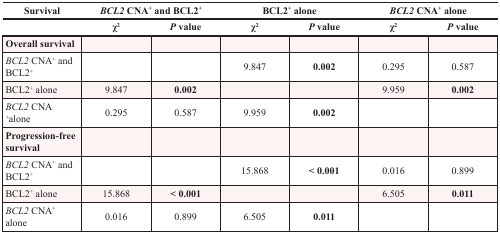
<table><thead><tr><td><b>Survival</b></td><td colspan="2"><b><i>BCL2</i> CNA<sup>+</sup> and BCL2<sup>+</sup></b></td><td colspan="2"><b>BCL2<sup>+</sup> alone</b></td><td colspan="2"><b><i>BCL2</i> CNA<sup>+</sup> alone</b></td></tr><tr><td></td><td><b>χ<sup>2</sup></b></td><td><b><i>P</i> value</b></td><td><b>χ<sup>2</sup></b></td><td><b><i>P</i> value</b></td><td><b>χ<sup>2</sup></b></td><td><b><i>P</i> value</b></td></tr></thead><tbody><tr><td><b>Overall survival</b></td><td></td><td></td><td></td><td></td><td></td><td></td></tr><tr><td><i>BCL2</i> CNA<sup>+</sup> and BCL2<sup>+</sup></td><td></td><td></td><td>9.847</td><td><b>0.002</b></td><td>0.295</td><td>0.587</td></tr><tr><td>BCL2<sup>+</sup> alone</td><td>9.847</td><td><b>0.002</b></td><td></td><td></td><td>9.959</td><td><b>0.002</b></td></tr><tr><td><i>BCL2</i> CNA <sup>+</sup>alone</td><td>0.295</td><td>0.587</td><td>9.959</td><td><b>0.002</b></td><td></td><td></td></tr><tr><td><b>Progression-free survival</b></td><td></td><td></td><td></td><td></td><td></td><td></td></tr><tr><td><i>BCL2</i> CNA<sup>+</sup> and BCL2<sup>+</sup></td><td></td><td></td><td>15.868</td><td><b>&lt; 0.001</b></td><td>0.016</td><td>0.899</td></tr><tr><td>BCL2<sup>+</sup> alone</td><td>15.868</td><td><b>&lt; 0.001</b></td><td></td><td></td><td>6.505</td><td><b>0.011</b></td></tr><tr><td><i>BCL2</i> CNA<sup>+</sup> alone</td><td>0.016</td><td>0.899</td><td>6.505</td><td><b>0.011</b></td><td></td><td></td></tr></tbody></table>